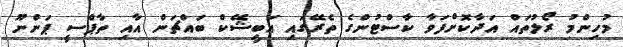
މުހިންމު ރޯލުތައް އަދާކޮށްފަވާ ކާސްޓުންގެ ތެރޭގައި އަބީޝޭކް ބައްޗަން އާއި ތާޕްސީ ޕަންނޫ